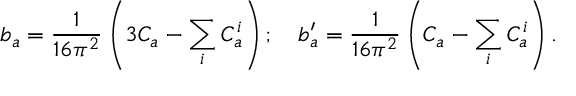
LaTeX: b _ { a } = \frac { 1 } { 1 6 \pi ^ { 2 } } \left( 3 C _ { a } - \sum _ { i } C _ { a } ^ { i } \right) ; \quad b _ { a } ^ { \prime } = \frac { 1 } { 1 6 \pi ^ { 2 } } \left( C _ { a } - \sum _ { i } C _ { a } ^ { i } \right) .